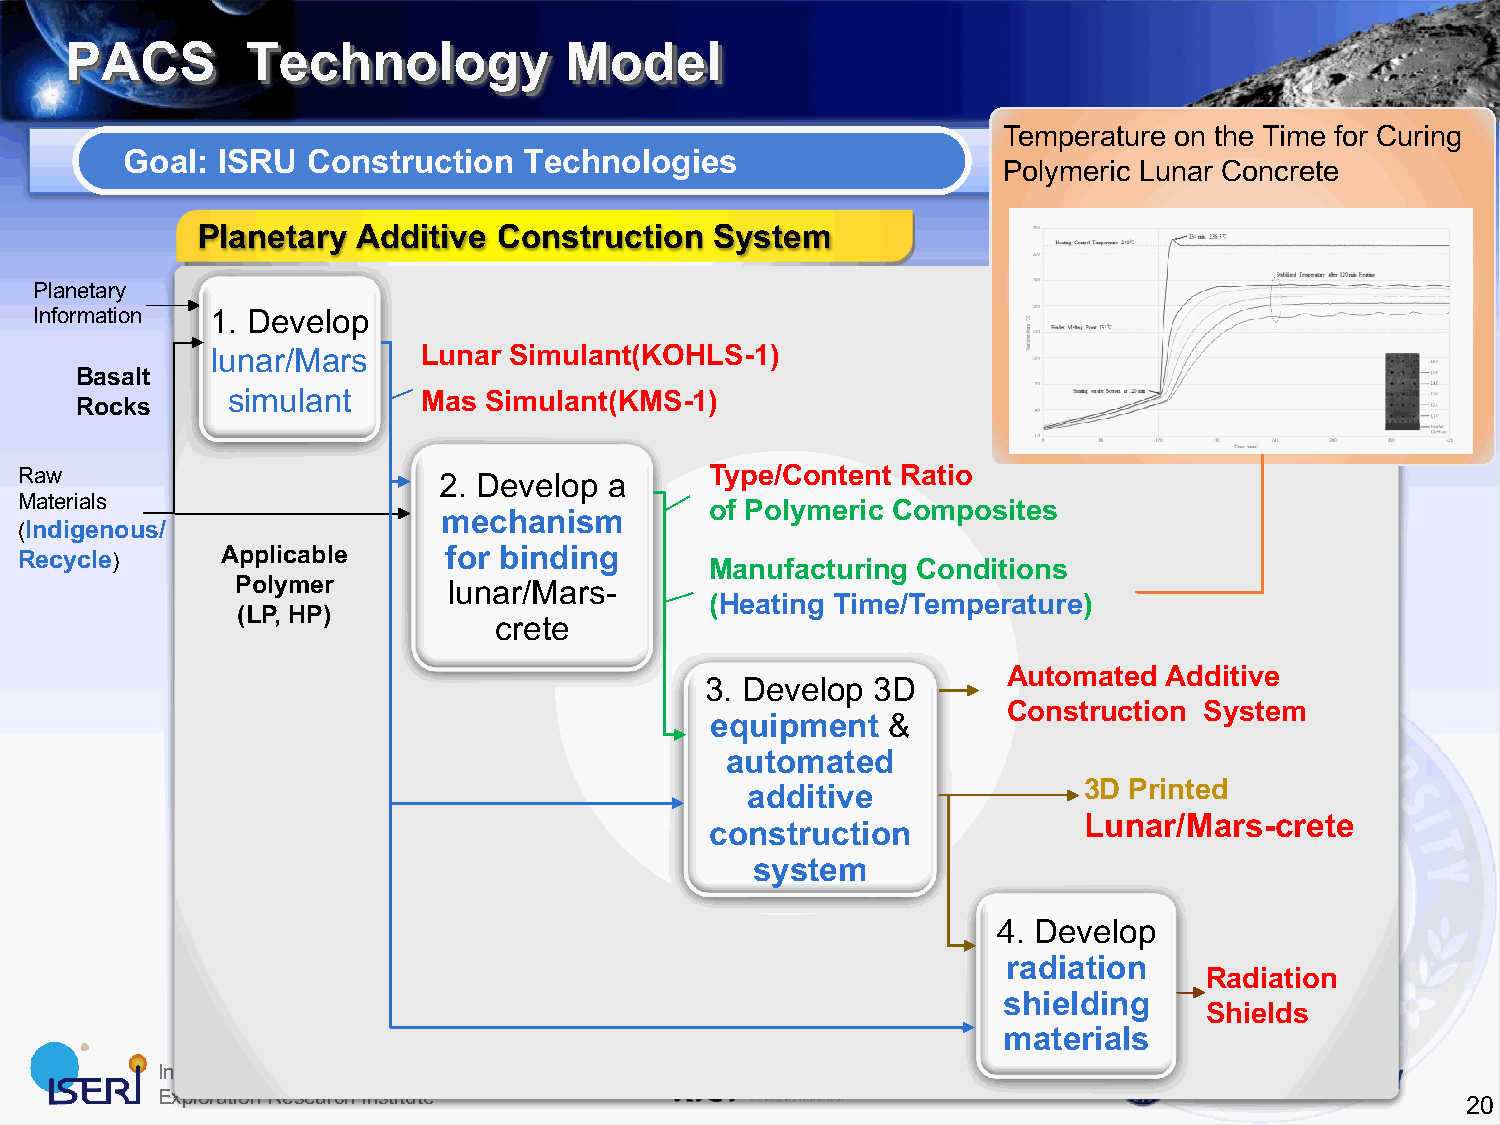
PACS        Technology           Model
 Temperature on the TimeP foTr CMuSrinSg
 Goal: ISRU  Construction   Technologies
 Polymeric Lunar Concrete
 Planetary  Additive Construction  System
 Planetary
 Information 1. Develop
 lunar/Mars    Lunar Simulant(KOHLS-1)
 Basalt
 simulant     Mas Simulant(KMS-1)
 Rocks
 Raw                         2. Develop a      Type/Content Ratio
 Materials                                     of Polymeric Composites
 mechanism
 (Indigenous/
 Recycle)      Applicable    for binding
 Manufacturing Conditions
 Polymer       lunar/Mars-
 (Heating Time/Temperature)
 (LP, HP)
 crete
 Automated Additive
 3. Develop 3D
 Construction System
 equipment   &
 automated
 3D Printed
 additive
 Lunar/Mars-crete
 construction
 system
 4. Develop
 radiation
 Radiation
 shielding
 Shields
 materials
 International Space
 Exploration Research Institute
 20